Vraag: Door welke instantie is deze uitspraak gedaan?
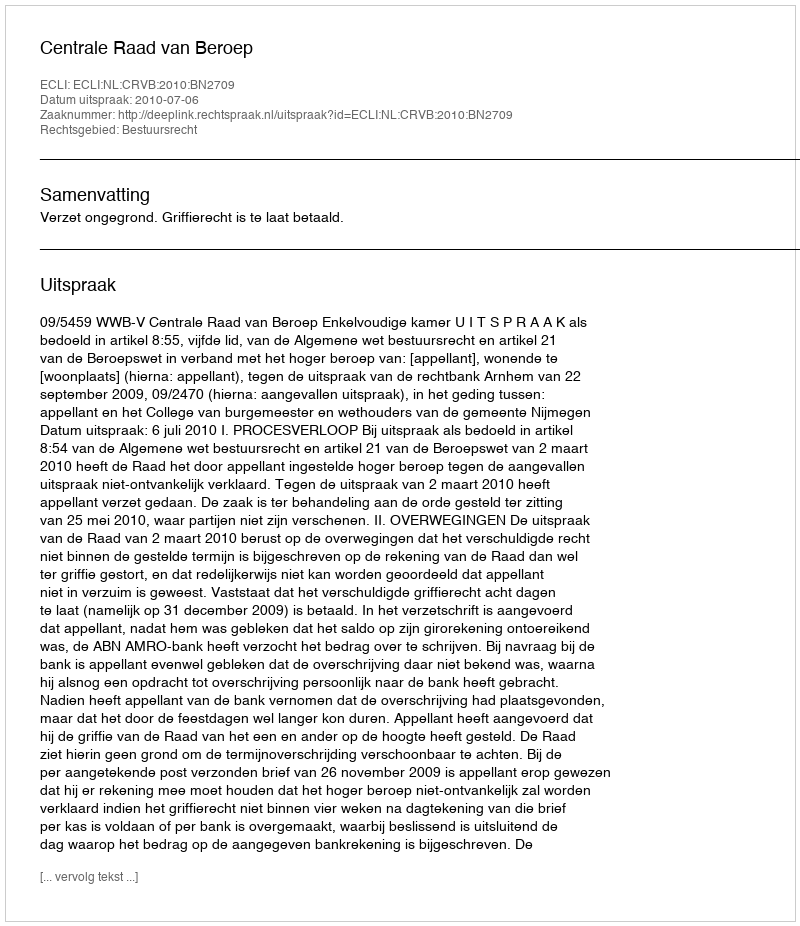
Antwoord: Centrale Raad van Beroep